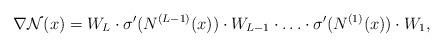
LaTeX: \begin{align*}\nabla \mathcal{N}(x)=W_{L} \cdot \sigma'( N^{(L-1)}(x)) \cdot W_{L-1} \cdot \ldots \cdot \sigma'(N^{(1)}(x))\cdot W_{1},\end{align*}